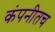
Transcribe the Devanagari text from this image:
कंपनीतच